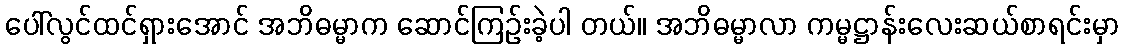
ပေါ်လွင်ထင်ရှားအောင် အဘိဓမ္မာက ဆောင်ကြဉ်းခဲ့ပါ တယ်။ အဘိဓမ္မာလာ ကမ္မဋ္ဌာန်းလေးဆယ်စာရင်းမှာ